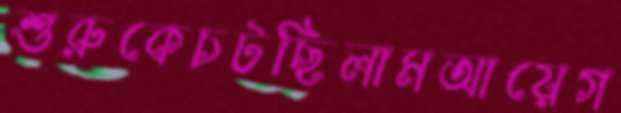
শুরুকেচটছিলামআয়েগ